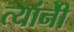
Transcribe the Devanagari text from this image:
त्यांनीेे